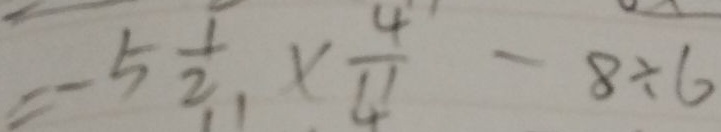
= - 5 \frac { 1 } { 2 } \times \frac { 4 } { 1 1 } - 8 \div 6